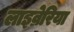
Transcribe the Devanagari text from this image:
लाइव्रेरिया